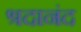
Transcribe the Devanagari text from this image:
श्रदानंद